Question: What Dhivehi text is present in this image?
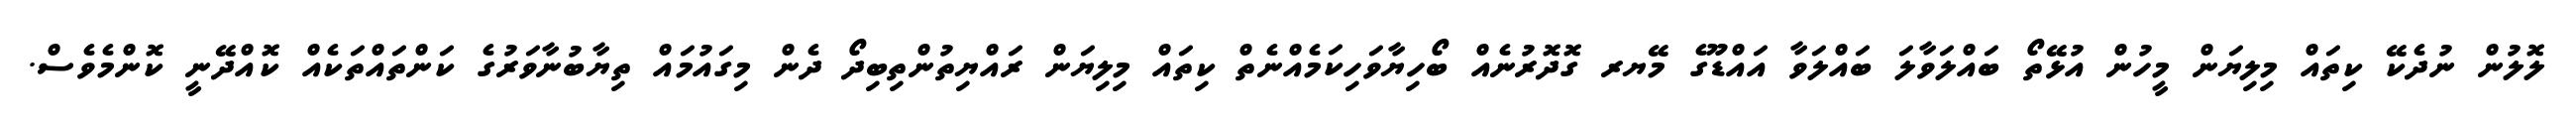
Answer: ލޮލުން ނުދެކޭ ކިތައް މިލިޔަން މީހުން އުޅޭތޯ ބައްލަވާލަ ބައްލަވާ އައްޑޫގެ މޭޔރ ގޮދޮރުނެއް ބޯހިޔާވަހިކަމެއްނެތް ކިތައް މިލިޔަން ރައްޔިތުންތިބިދޯ ދެން މިގައުމައް ތިޔާބުނާވަރުގެ ކަންތައްތަކެއް ކޮއްދޭނީ ކޮންމެވެސް.